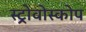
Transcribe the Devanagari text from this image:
स्ट्रोवोस्कोप